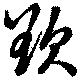
欲